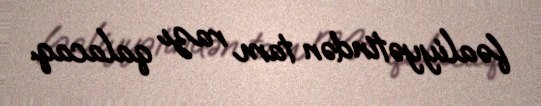
fəaliyyətindən tam razı qalacaq.